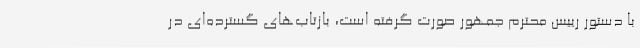
با دستور رییس محترم جمهور صورت گرفته است، بازتاب‌های گسترده‌ای در